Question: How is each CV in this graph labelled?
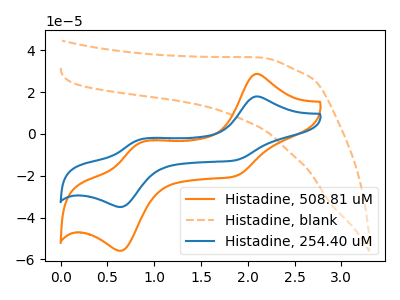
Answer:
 <answer>The orange curve is labeled "Histadine, 508.81 uM". The orange dashed curve is labeled "Histadine, blank". The blue curve is labeled "Histadine, 254.40 uM".</answer>
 <eval></eval>